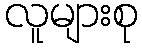
လူများစု